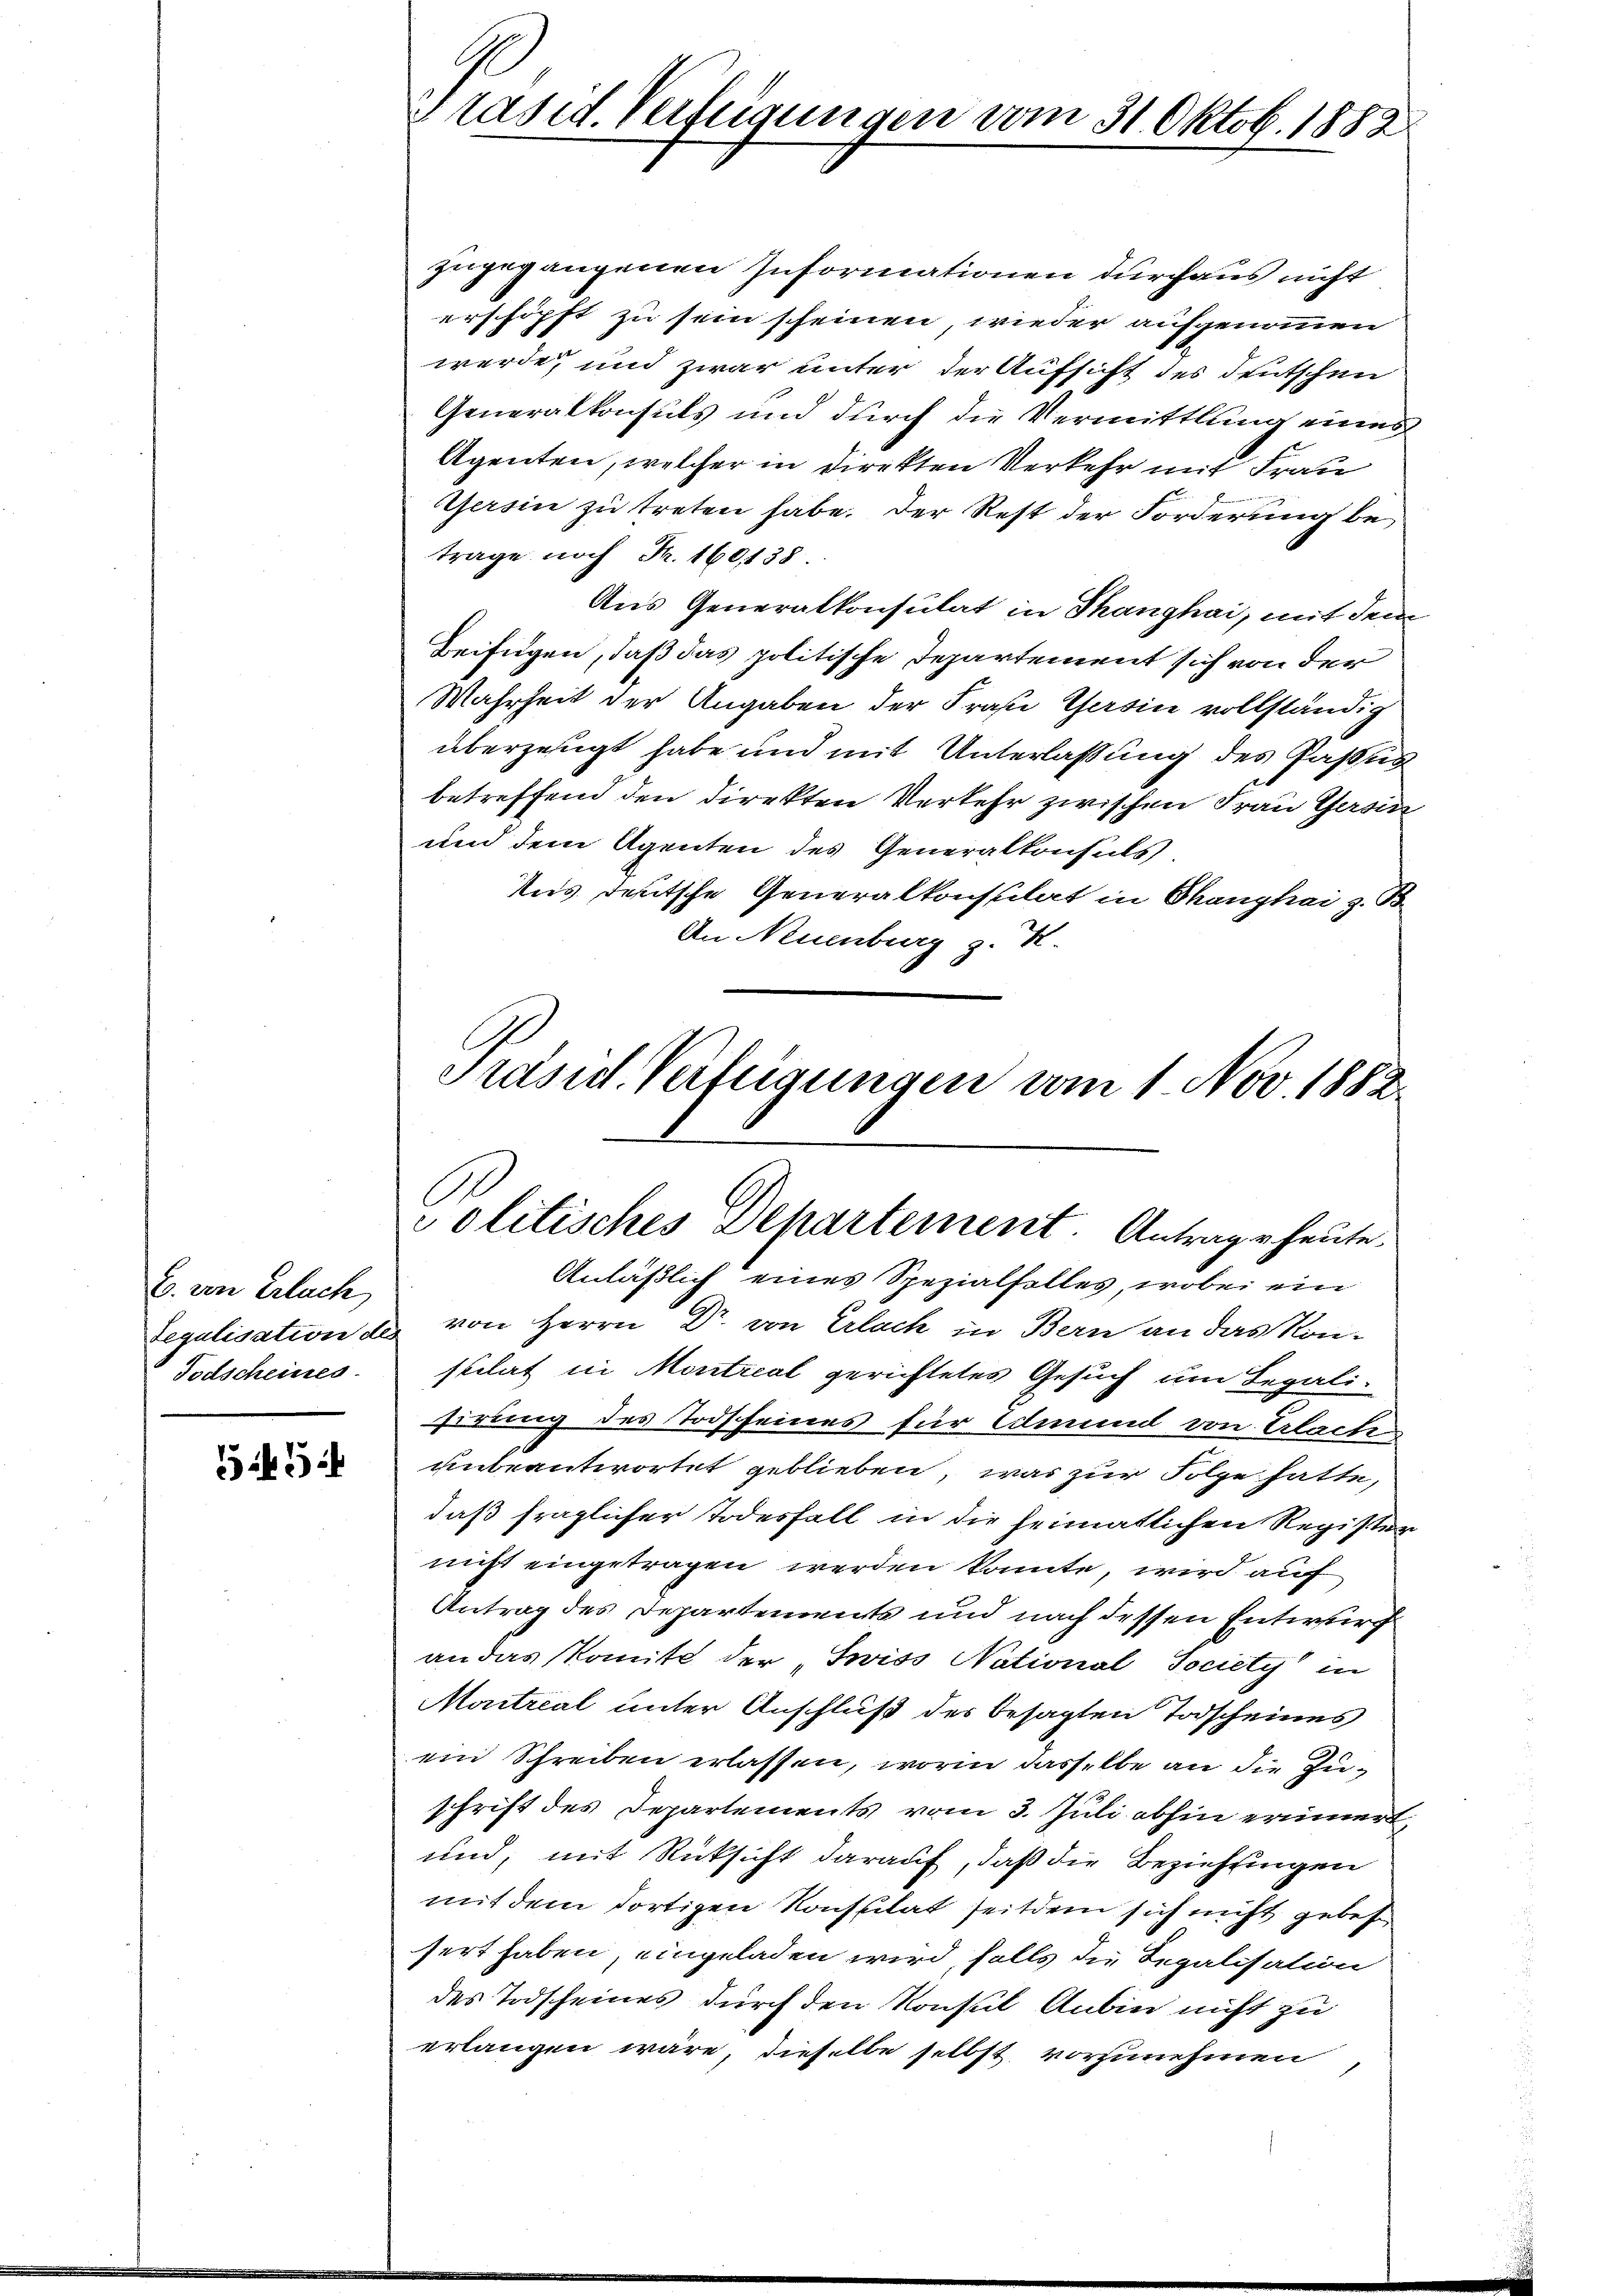
E. von Erlach
Todscheines

5454

Präsid. Verfügungen vom 31. Oktob. 1882

zugegangenen Informationen durchaus nicht
erschöpft zu sein scheinen, wieder aufgenommen
werde, und zwar unter der Aufsicht des Frutschen
Generalkonsuls und durch die Vermittlung eines
Agenten, welcher in direkten Verkehr mit Frau
Gersin zu treten habe. Der Rest der Forderung betrage noch Fr. 160, 138
Aus Generalkonsulat in Thanghai, mit dem
Beifügen, daß das politische Departement sich von der
Wahrheit der Angaben der Frage Gersin vollständig
überzeugt habe und mit Unterlassung des Faßun
betreffend den direkten Verkehr zwischen Frau Gesin
und dem Agenten des Generalkonsuls.
Aus deutsche Generalkonsulat in Thanghai z. B.
An Neuenburg z. B.

Präsid. Verfügungen vom 1. Nov. 1882.
Politisches Departement. Antrage heute,
Anläßlich eines Spezialfalles, wobei ein

Legalisation des von Herrn Dr. von Erlach in Bern an das Konstilat in Montreal gerichtetes Gesuch um Legali-
sirung des Todscheines für einend von Erlache
unbeantwortet geblieben, was zur Folge hatte,
daß fraglicher Todesfall in die heimatlichen Register
nicht eingetragen werden konnte, wird auf
Antrag des Departements und nach dessen Entwurf
an das Komite der „Swiss National Society in
Moitreal unter Anschluß des besagten Todscheines
ein Schreiben erlassen, worin dasselbe an die Zuschrift des Departements vom 3. Juli abhin erinnert,
und, mit Rücksicht darauf, daß die Beziehungen
mit dem dortigen Konsulat seitdem sich nicht gebett
sert haben, eingeladen wird, falls die Regalisation
des Todscheines durch den Konsul Anbin nicht zu
erlangen wäre, dieselbe selbst vorzunehmen